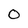
Character: O